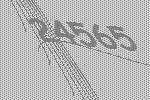
24565